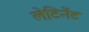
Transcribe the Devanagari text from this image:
लेटिनेंट